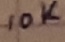
Text: 10K